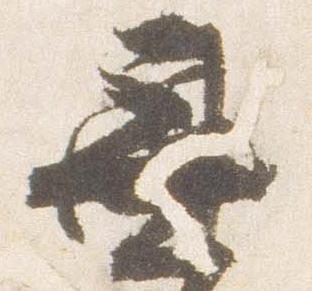
無